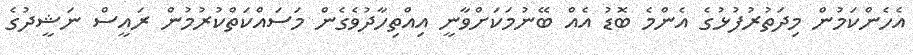
އެހެންކަމުން މިދަތުރުފުޅުގެ އެންމެ ބޮޑު އެއް ބޭނުމަކަށްވާނީ އިއްތިހާދުވެގެން މަސައްކަތްކުރުމުން ރައީސް ނަޝީދުގެ